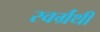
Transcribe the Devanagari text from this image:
स्वर्ग्रंथी